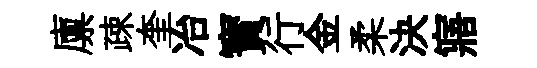
廪疎奎冶寳行金柔決寤